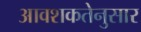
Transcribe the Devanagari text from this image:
आवशकतेनुसार